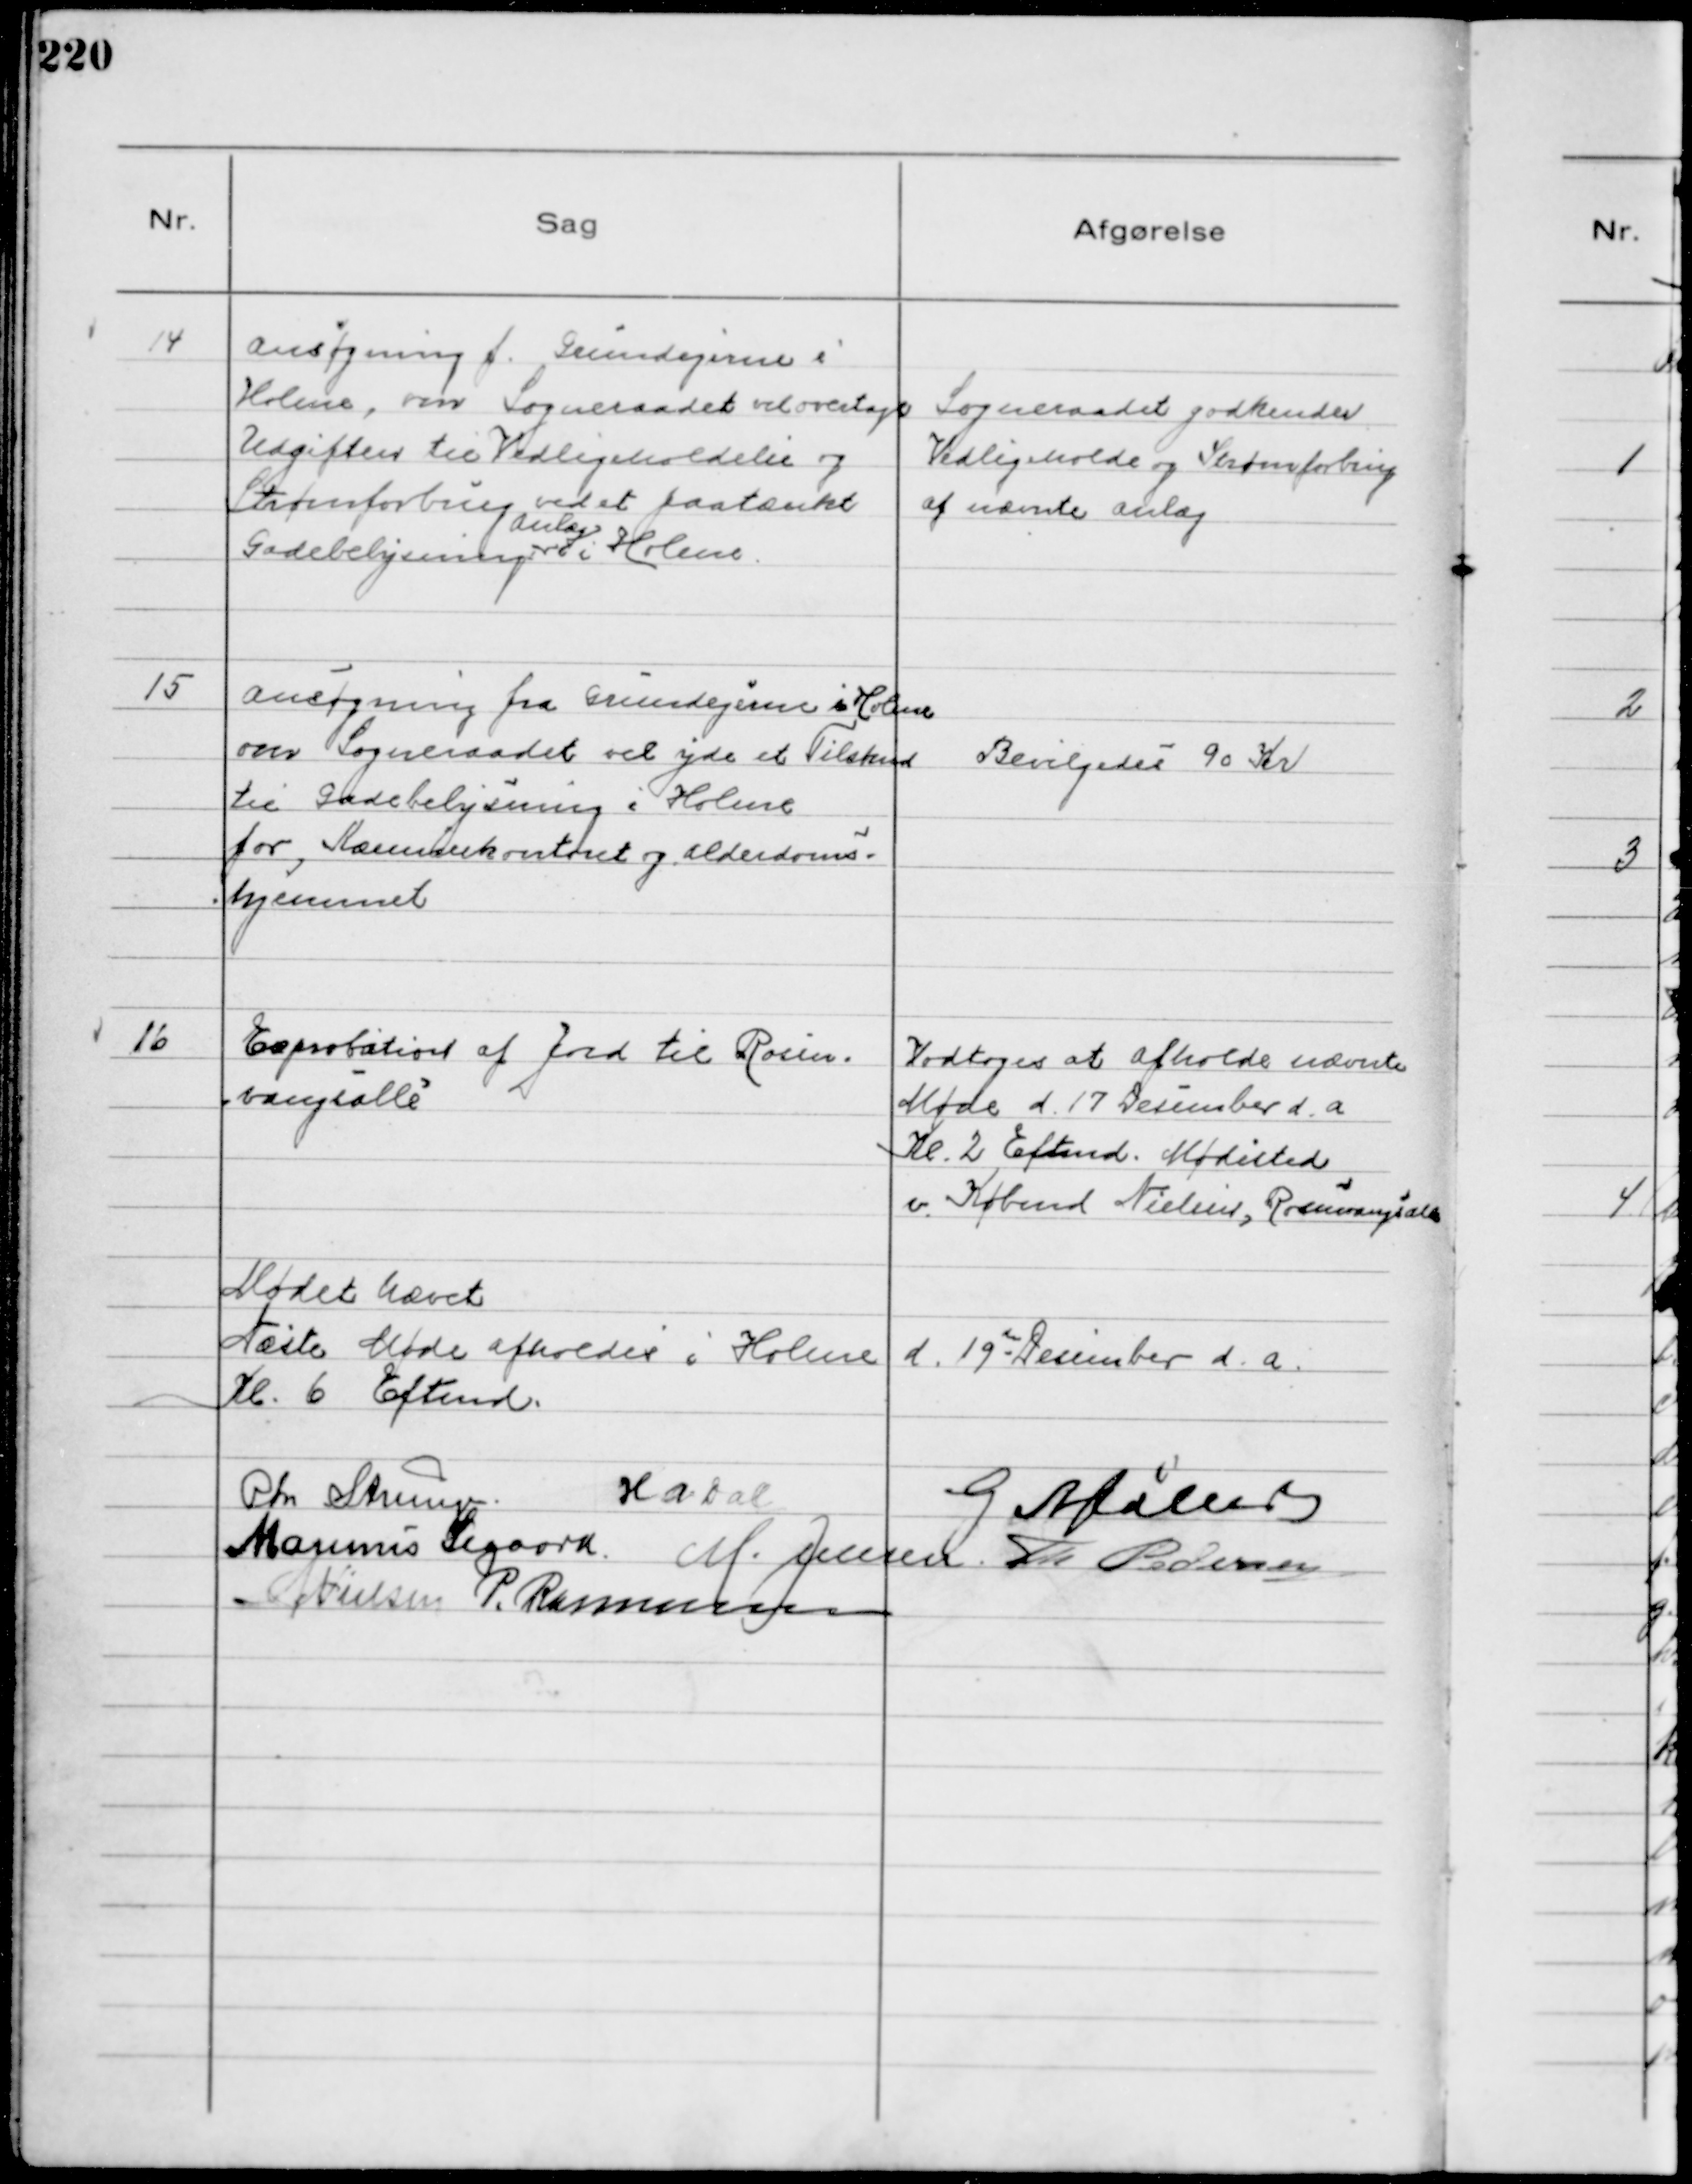
Transskription:
14
Ansøgning f. Grundejerne i
Holme, om Sogneraadet vil overtage
Udgiften til Vedligeholdelse og
Strømforbrug ved et paatænkt
Gadebelysnings
Anlæg
i Holme

Sogneraadet godkender
Vedligeholde og Strømforbrug
af nævnte Anlæg

15
Ansøgning fra Grundejerne i Holme
om Sogneraadet vil yde et Tilskud
til Gadebelysning i Holme
for Kæmnerkontoret og Alderdoms
hjemmet

Bevilgedes 90 Kr

16
Exprobation af Jord til Rosen-
vangsalle

Vedtoges at afholde nævnte
Møde d. 17 December d. a.
Kl. 2 Eftmd. Mødested
v. Købmd Nielsen, Rosenvangsalle

Mødet hævet
Næste Møde afholdes i Holme d. 19 de December d. a.
Kl. 6 Eftmd.
Chr Strunge. HADal
G Møller
Marinus Sigaard. M. Jensen. Th Pedersen
NNielsen P. Rasmussen